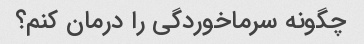
چگونه سرماخوردگی را درمان کنم؟